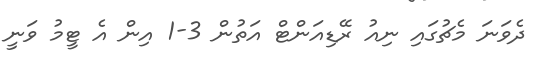
ދެވަނަ މެޗުގައި ނިއު ރޭޑިއަންޓް އަތުން 3-1 އިން އެ ޓީމު ވަނީ